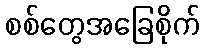
စစ်တွေအခြေစိုက်